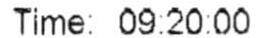
TIME: 09:20:00